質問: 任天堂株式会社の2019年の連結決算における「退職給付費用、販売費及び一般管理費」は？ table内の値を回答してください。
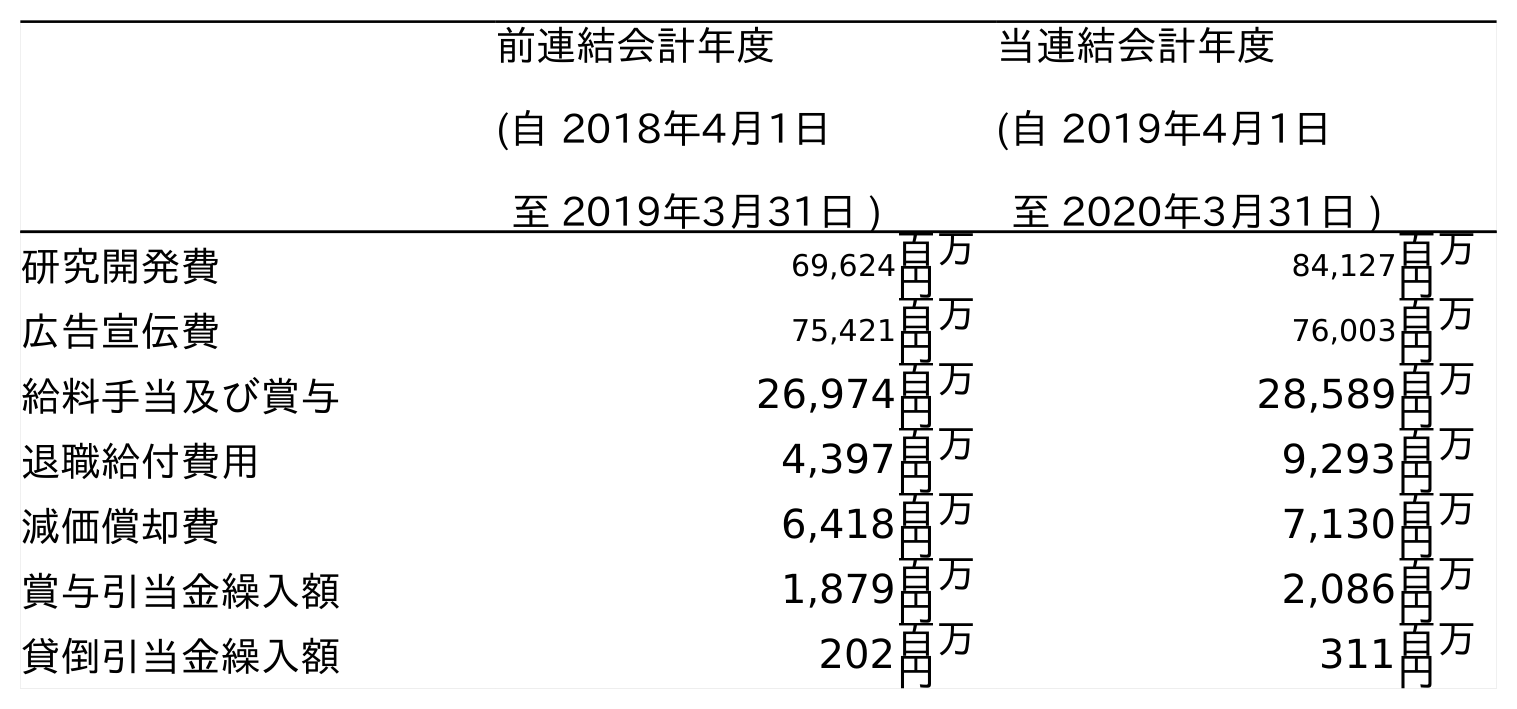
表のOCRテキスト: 前連結会計年度 (自 2018年4月1日 至 2019年3月31日 ) 当連結会計年度 (自 2019年4月1日 至 2020年3月31日 ) 研究開発費 69,624百万 円 84,127百万 円 広告宣伝費 75,421百万 円 76,003百万 円 給料手当及び賞与 26,974百万 円 28,589百万 円 退職給付費用 4,397百万 円 9,293百万 円 減価償却費 6,418百万 円 7,130百万 円 賞与引当金繰入額 1,879百万 円 2,086百万 円 貸倒引当金繰入額 202百万 円 311百万 円
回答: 4,397